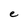
Character: e